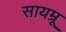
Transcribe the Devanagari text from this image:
सायम्रू